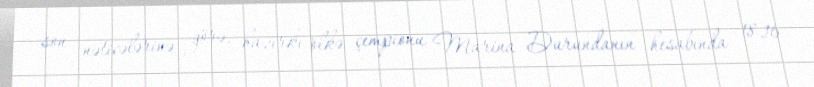
son nəticələrinə görə, hazırkı ölkə çempionu Marina Durundanın hesabında 18,16